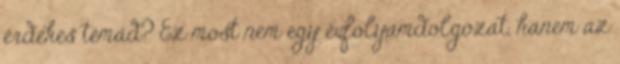
érdekes témád? Ez most nem egy évfolyamdolgozat, hanem az